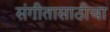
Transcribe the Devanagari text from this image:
संगीतासाठीचा